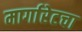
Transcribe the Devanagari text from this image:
मार्गारेटचा